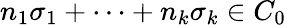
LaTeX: n_{1}\sigma_{1}+\cdots+n_{k}\sigma_{k}\in C_{0}